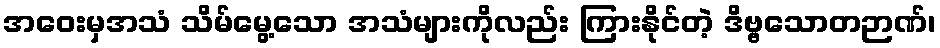
အဝေးမှအသံ သိမ်မွေ့သော အသံများကိုလည်း ကြားနိုင်တဲ့ ဒိဗ္ဗသောတဉာဏ်၊